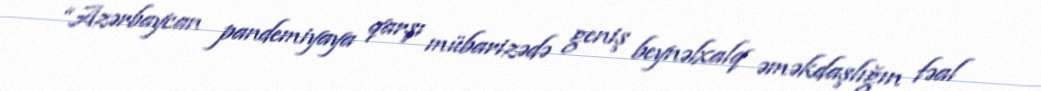
“Azərbaycan pandemiyaya qarşı mübarizədə geniş beynəlxalq əməkdaşlığın fəal